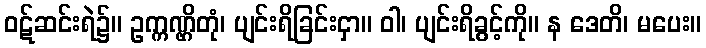
ဝဋ်ဆင်းရဲ၌။ ဥက္ကဏ္ဌိတုံ၊ ပျင်းရိခြင်းငှာ။ ဝါ၊ ပျင်းရိခွင့်ကို။ န ဒေတိ၊ မပေး။